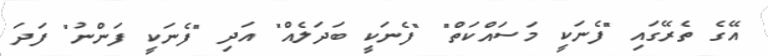
އޭގެ ތެރޭގައި "ފެނަކީ މަސައްކަތް" "ފެނަކީ ބަދަލެއް" އަދި "ފެނަކީ ފަންނު" ފަދަ